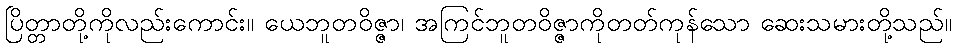
ပြိတ္တာတို့ကိုလည်းကောင်း။ ယေဘူတဝိဇ္ဇာ၊ အကြင်ဘူတဝိဇ္ဇာကိုတတ်ကုန်သော ဆေးသမားတို့သည်။